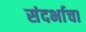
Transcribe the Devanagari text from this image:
संदर्भाचा